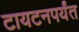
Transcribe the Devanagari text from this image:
टायटनपर्यंत